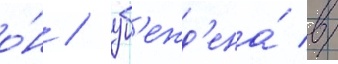
о́н / уб'ежд'ена́ в